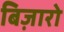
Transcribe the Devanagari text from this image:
बिज़ारो